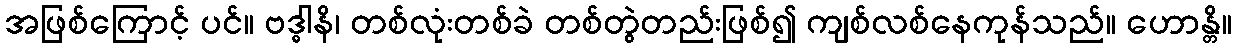
အဖြစ်ကြောင့် ပင်။ ဗဒ္ဓါနိ၊ တစ်လုံးတစ်ခဲ တစ်တွဲတည်းဖြစ်၍ ကျစ်လစ်နေကုန်သည်။ ဟောန္တိ။